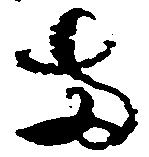
両